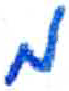
אות: מ